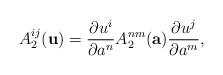
LaTeX: \begin{align*} A_2^{ij}(\mathbf{u})=\frac{\partial u^{i}}{\partial a^{n}} A^{nm}_2(\mathbf{a})\frac{\partial u^{j}}{\partial a^{m}},\end{align*}